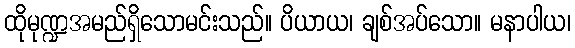
ထိုမုဏ္ဍအမည်ရှိသောမင်းသည်။ ပိယာယ၊ ချစ်အပ်သော။ မနာပါယ၊